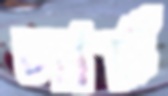
সার্চ